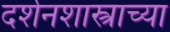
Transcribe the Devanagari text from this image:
दर्शनशास्त्राच्या